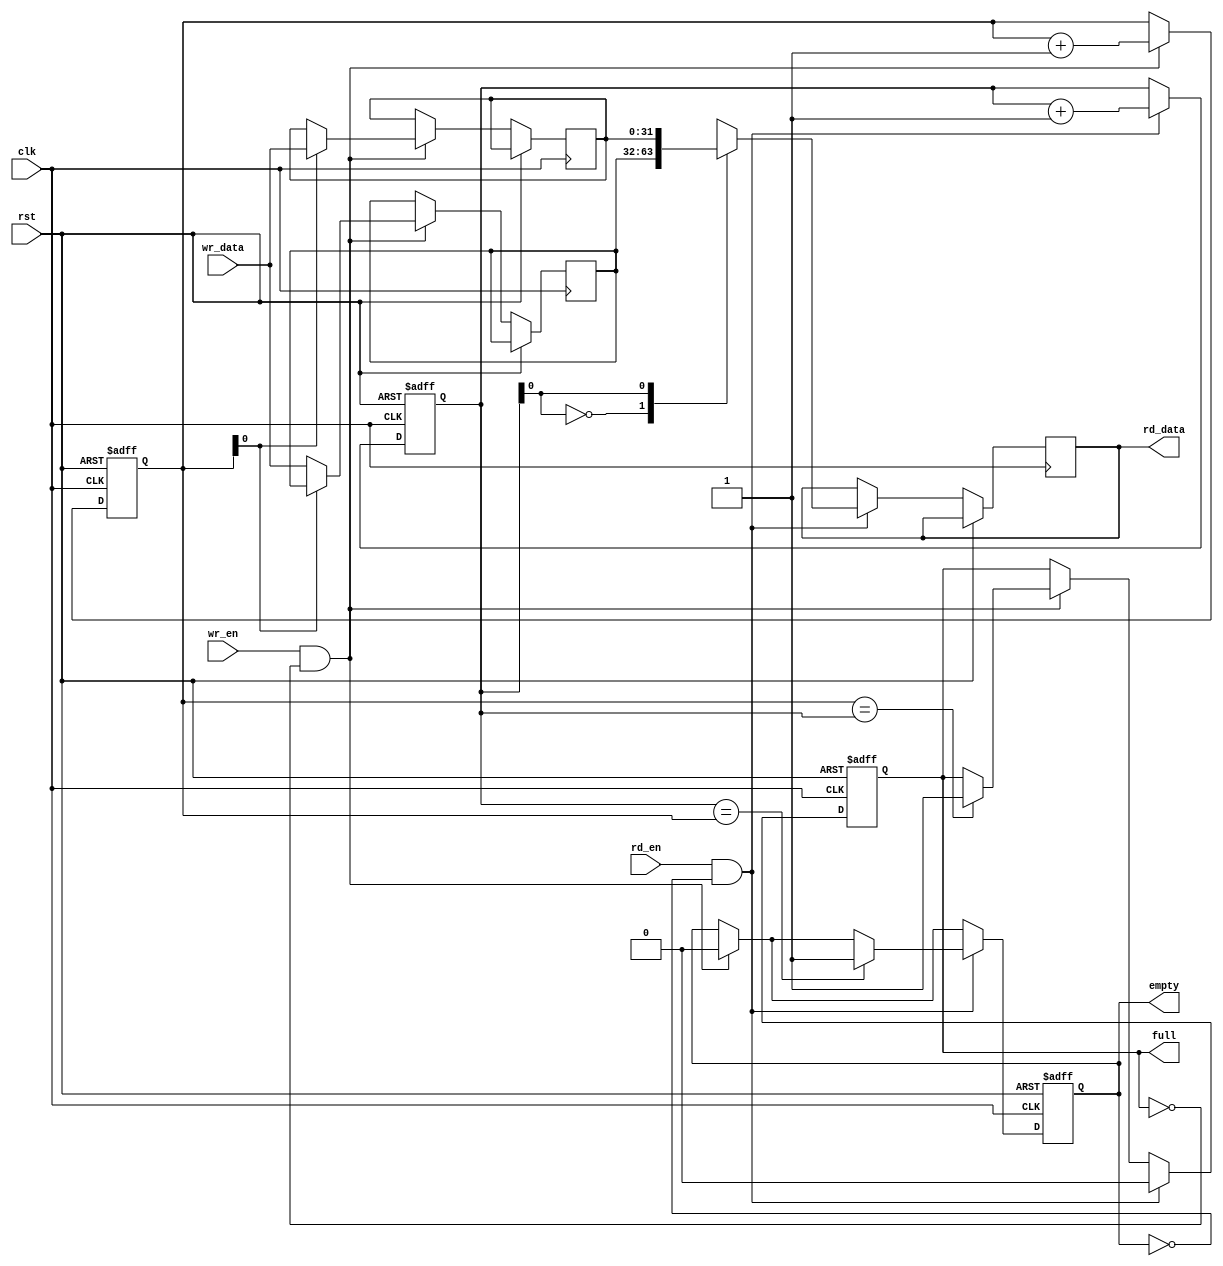
module Asynchronous_FIFO (
    input wire clk,             // Clock input
    input wire rst,             // Reset input
    input wire wr_en,           // Write enable
    input wire [31:0] wr_data,  // Data to be written
    output reg full,            // Full flag output
    input wire rd_en,           // Read enable
    output reg empty,           // Empty flag output
    output reg [31:0] rd_data   // Data to be read
);

reg [31:0] buffer[0:1];        // Two 32-bit wide registers for data storage
reg [4:0] write_ptr;            // Write position pointer
reg [4:0] read_ptr;             // Read position pointer
reg [3:0] status_reg;           // Status register for FIFO state

// Control logic for read and write operations
always @(posedge clk or posedge rst) begin
    if (rst) begin
        write_ptr <= 0;
        read_ptr <= 0;
        full <= 0;
        empty <= 1;
    end else begin
        if (wr_en && !full) begin
            buffer[write_ptr] <= wr_data;
            write_ptr <= write_ptr + 1;
            if (write_ptr == read_ptr) begin
                full <= 1;
            end
            empty <= 0;
        end
        if (rd_en && !empty) begin
            rd_data <= buffer[read_ptr];
            read_ptr <= read_ptr + 1;
            if (read_ptr == write_ptr) begin
                empty <= 1;
            end
            full <= 0;
        end
    end
end

// Clock gating logic to reduce power consumption
always @(posedge clk) begin
    if (!full && wr_en) begin
        // Clock gating logic for write operation
    end
    if (!empty && rd_en) begin
        // Clock gating logic for read operation
    end
end

// Synchronization logic for asynchronous inputs
// (Not implemented in this example)

// Buffering logic to prevent race conditions
// (Not implemented in this example)

// Error detection and correction logic
// (Not implemented in this example)

// Status registers to provide information about FIFO state
always @(posedge clk) begin
    status_reg <= {full, empty};
end

endmodule